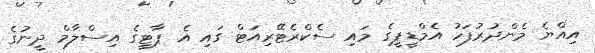
އިއްޔެ މެންދުރުފަހު އެމްޑީޕީގެ މައި ސެކްރެޓޭރިއަޓް ގައި އެ ޕާޓީގެ އިސްލާމް ދީނުގެ